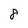
Character: 8